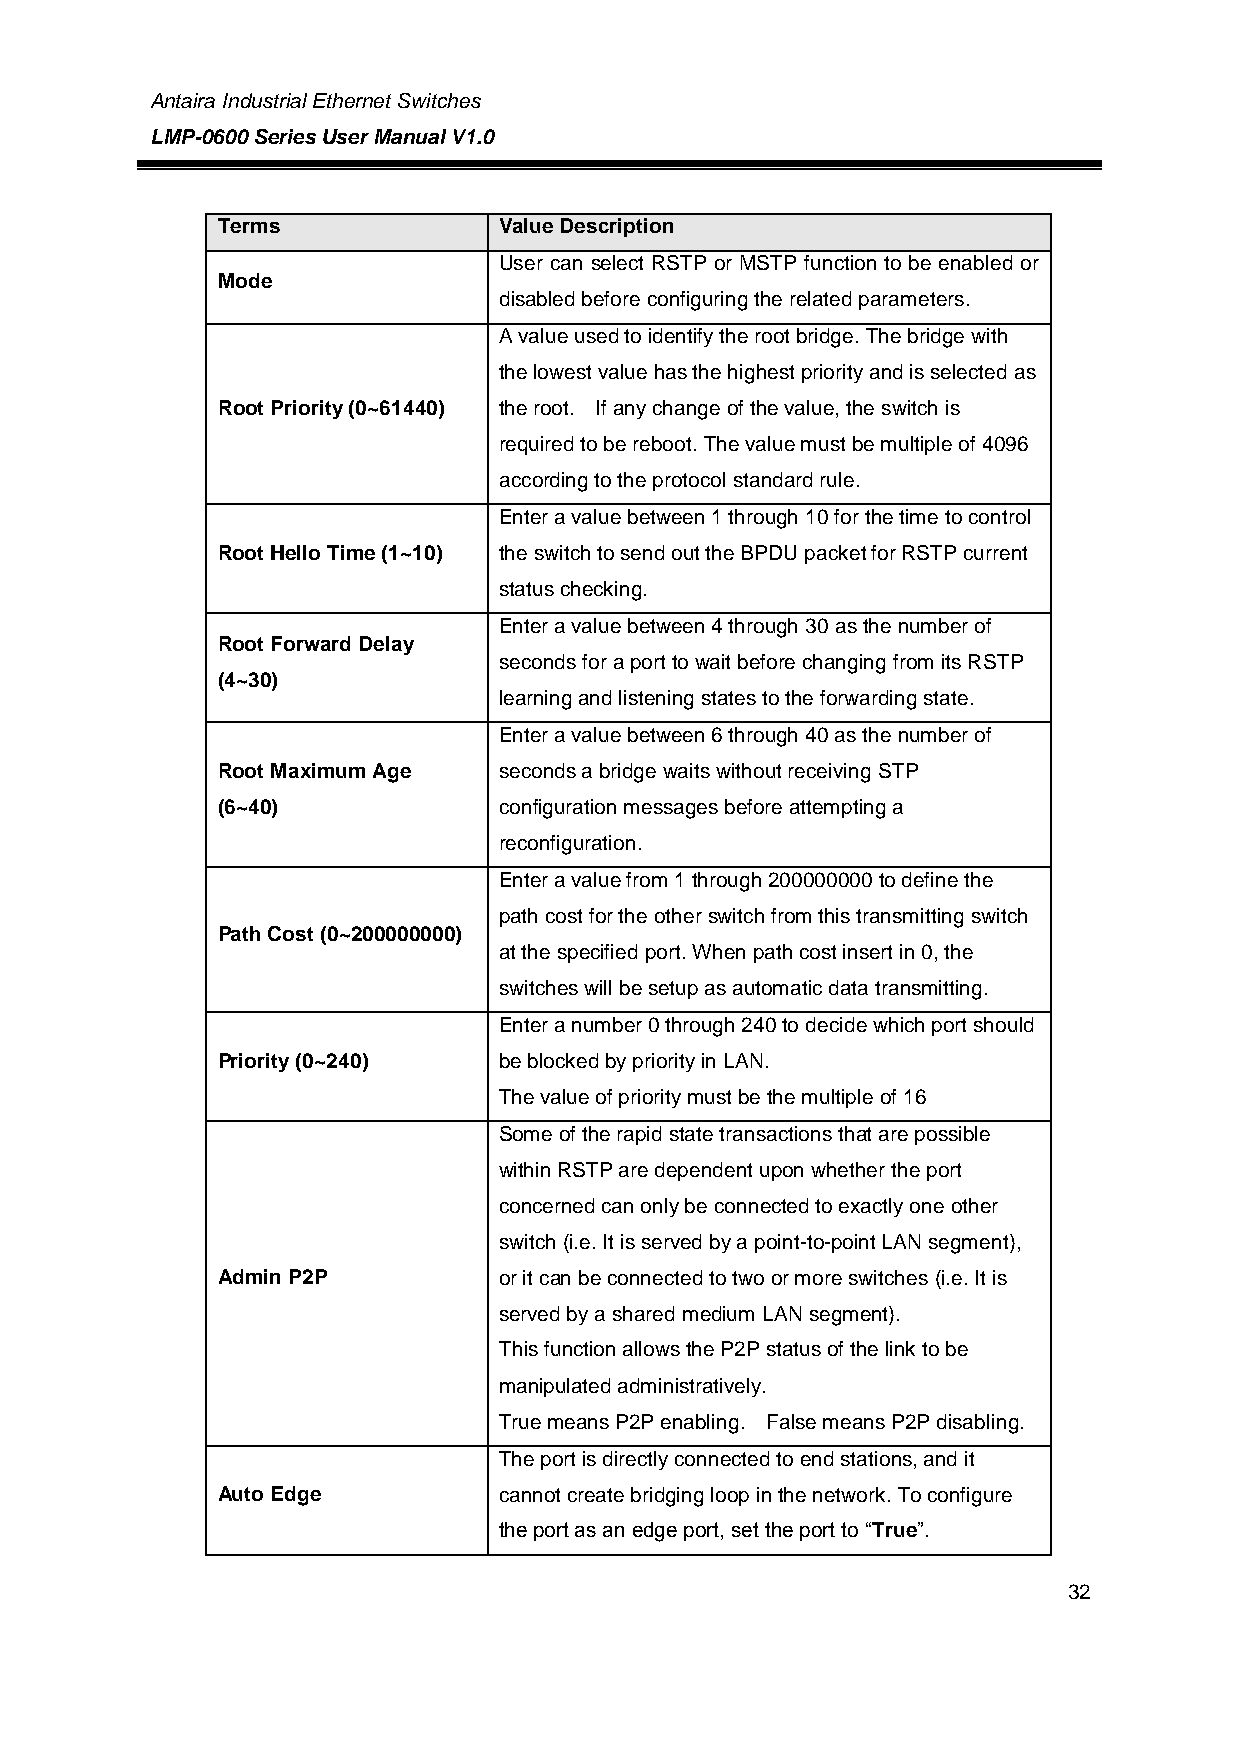
Antaira Industrial Ethernet Switches
 LMP-0600 Series User Manual V1.0
 Terms              Value Description
 User can select RSTP or MSTP function to be enabled or
 Mode
 disabled before configuring the related parameters.
 A value used to identify the root bridge. The bridge with
 the lowest value has the highest priority and is selected as
 Root Priority (0~61440) the root. If any change of the value, the switch is
 required to be reboot. The value must be multiple of 4096
 according to the protocol standard rule.
 Enter a value between 1 through 10 for the time to control
 Root Hello Time (1~10) the switch to send out the BPDU packet for RSTP current
 status checking.
 Enter a value between 4 through 30 as the number of
 Root Forward Delay
 seconds for a port to wait before changing from its RSTP
 (4~30)
 learning and listening states to the forwarding state.
 Enter a value between 6 through 40 as the number of
 Root Maximum Age   seconds a bridge waits without receiving STP
 (6~40)             configuration messages before attempting a
 reconfiguration.
 Enter a value from 1 through 200000000 to define the
 path cost for the other switch from this transmitting switch
 Path Cost (0~200000000)
 at the specified port. When path cost insert in 0, the
 switches will be setup as automatic data transmitting.
 Enter a number 0 through 240 to decide which port should
 Priority (0~240)   be blocked by priority in LAN.
 The value of priority must be the multiple of 16
 Some of the rapid state transactions that are possible
 within RSTP are dependent upon whether the port
 concerned can only be connected to exactly one other
 switch (i.e. It is served by a point-to-point LAN segment),
 Admin P2P          or it can be connected to two or more switches (i.e. It is
 served by a shared medium LAN segment).
 This function allows the P2P status of the link to be
 manipulated administratively.
 True means P2P enabling. False means P2P disabling.
 The port is directly connected to end stations, and it
 Auto Edge          cannot create bridging loop in the network. To configure
 the port as an edge port, set the port to “True”.
 32